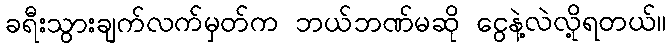
ခရီးသွားချက်လက်မှတ်က ဘယ်ဘဏ်မဆို ငွေနဲ့လဲလို့ရတယ်။